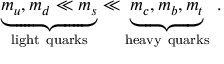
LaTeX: \underbrace { m _ { u } , m _ { d } \ll m _ { s } } _ { \mathrm { l i g h t ~ q u a r k s } } \ll \underbrace { m _ { c } , m _ { b } , m _ { t } } _ { \mathrm { h e a v y ~ q u a r k s } } \; .